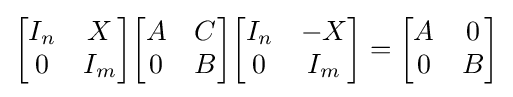
{\begin{bmatrix}I_{n}&X\\0&I_{m}\end{bmatrix}}{\begin{bmatrix}A&C\\0&B\end{bmatrix}}{\begin{bmatrix}I_{n}&-X\\0&I_{m}\end{bmatrix}}={\begin{bmatrix}A&0\\0&B\end{bmatrix}}